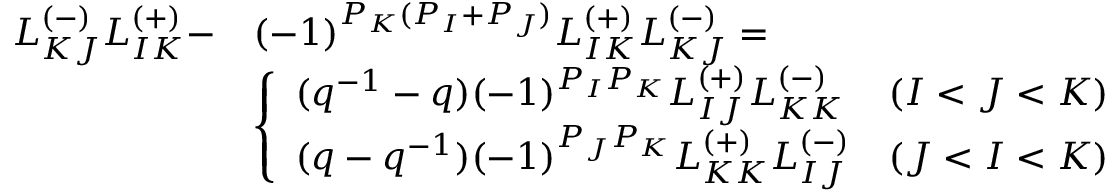
\begin{array} { l l } { { L _ { K J } ^ { ( - ) } L _ { I K } ^ { ( + ) } - } } & { { ( - 1 ) ^ { P _ { K } ( P _ { I } + P _ { J } ) } L _ { I K } ^ { ( + ) } L _ { K J } ^ { ( - ) } = } } \\ { { } } & { { \left\{ \begin{array} { l l } { { ( q ^ { - 1 } - q ) ( - 1 ) ^ { P _ { I } P _ { K } } L _ { I J } ^ { ( + ) } L _ { K K } ^ { ( - ) } } } & { { ( I < J < K ) } } \\ { { ( q - q ^ { - 1 } ) ( - 1 ) ^ { P _ { J } P _ { K } } L _ { K K } ^ { ( + ) } L _ { I J } ^ { ( - ) } } } & { { ( J < I < K ) } } \end{array} \right. } } \end{array}